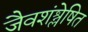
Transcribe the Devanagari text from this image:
जैवशंश्लेषित